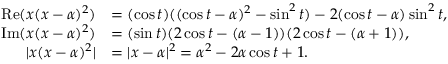
\begin{array} { r l } { \mathop { \mathrm { R e } } ( x ( x - \alpha ) ^ { 2 } ) } & { = ( \cos t ) ( ( \cos t - \alpha ) ^ { 2 } - \sin ^ { 2 } t ) - 2 ( \cos t - \alpha ) \sin ^ { 2 } t , } \\ { \mathop { \mathrm { I m } } ( x ( x - \alpha ) ^ { 2 } ) } & { = ( \sin t ) ( 2 \cos t - ( \alpha - 1 ) ) ( 2 \cos t - ( \alpha + 1 ) ) , } \\ { | x ( x - \alpha ) ^ { 2 } | } & { = | x - \alpha | ^ { 2 } = \alpha ^ { 2 } - 2 \alpha \cos t + 1 . } \end{array}